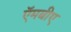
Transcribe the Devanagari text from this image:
ऍमबीए